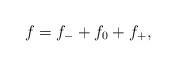
LaTeX: \begin{align*}f=f_-+f_0+f_+,\end{align*}